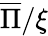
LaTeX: \overline{{\Pi}}/\xi